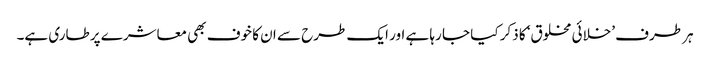
ہر طرف ’خلائی مخلوق‘ کا ذکر کیا جا رہا ہے اور ایک طرح سے ان کا خوف بھی معاشرے پر طاری ہے۔